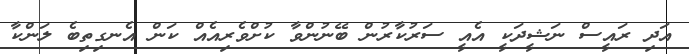
އަދި ރައީސް ނަޝީދަކީ އެއީ ސަރުކާރުން ބޭނުންވާ ކުށްވެރިއެއް ކަން އެނގިތިބެ ލަންކާ